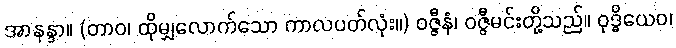
အာနန္ဒာ။ (တာဝ၊ ထိုမျှလောက်သော ကာလပတ်လုံး။) ဝဇ္ဇီနံ၊ ဝဇ္ဇီမင်းတို့သည်။ ဝုဒ္ဓိယေဝ၊